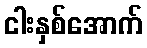
ငါးနှစ်အောက်